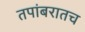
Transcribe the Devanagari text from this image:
तपांबरातच